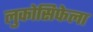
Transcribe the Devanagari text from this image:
लुकोसिफेला